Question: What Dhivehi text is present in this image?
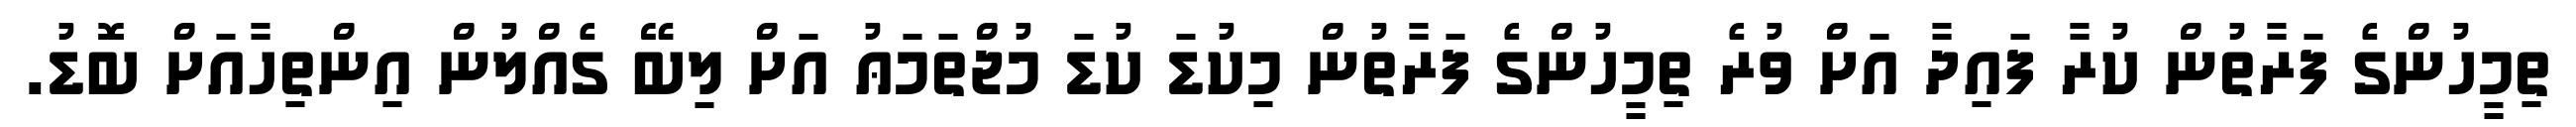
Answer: ތިމީހުންގެ ފަރާތުން ކުރާ ފައިދާ އަށް ވުރެ ތިމީހުންގެ ފަރާތުން މިކުޑަ ކުޑަ މުޖްތަމަޢު އަށް ލިބޭ ގެއްލުން އިންތިހާއަށް ބޮޑު.